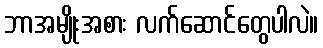
ဘာအမျိုးအစား လက်ဆောင်တွေပါလဲ။